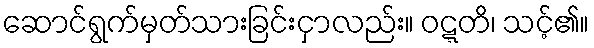
ဆောင်ရွက်မှတ်သားခြင်းငှာလည်း။ ဝဋ္ဋတိ၊ သင့်၏။